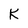
Character: K